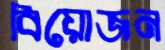
বিয়োজন